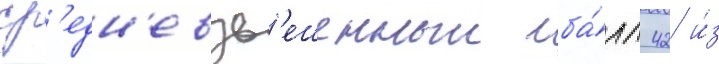
ср'едн'евзв'ешенныи ба́лл 42 и́з